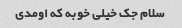
سلام جک خیلی خوبه که اومدی